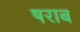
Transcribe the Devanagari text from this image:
षराब